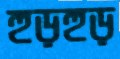
হুড়হুড়